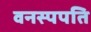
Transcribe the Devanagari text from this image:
वनस्पपति